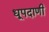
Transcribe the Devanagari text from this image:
धूपदाणी